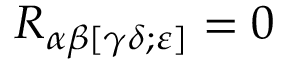
R _ { \alpha \beta [ \gamma \delta ; \varepsilon ] } = 0